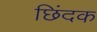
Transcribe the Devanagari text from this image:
छिंदक